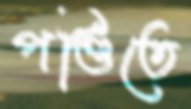
পণ্ডিতে